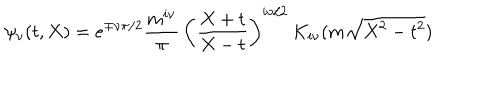
\psi _ { \nu } ( t , X ) = e ^ { \mp \nu \pi / 2 } \frac { m ^ { i \nu } } { \pi } \, \left( \frac { X + t } { X - t } \right) ^ { i \nu / 2 } \, K _ { i \nu } ( m \sqrt { X ^ { 2 } - t ^ { 2 } } )